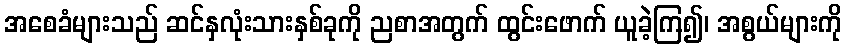
အစေခံများသည် ဆင်နှလုံးသားနှစ်ခုကို ညစာအတွက် ထွင်းဖောက် ယူခဲ့ကြ၍၊ အစွယ်များကို